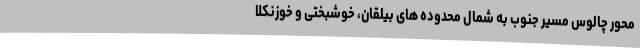
محور چالوس مسیر جنوب به شمال محدوده های بیلقان، خوشبختی و خوزنکلا